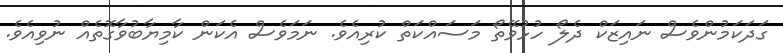
ގަދަކަމުންވެސް ނައިޒަކް ދެލޯ ހުޅުވޭތޯ މަސައްކަތް ކުރިއެވެ. ނަމަވެސް އެކަން ކާމިޔާބުވާގޮތެއް ނުވިއެވެ.